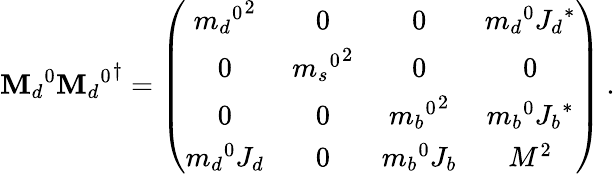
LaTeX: {\mathbf{M}_{d}}^{0}{{\mathbf{M}_{d}}^{0}}^{\dagger}=\left(\begin{array}{cccc}{{{{m_{d}}^{0}}^{2}}}&{{0}}&{{0}}&{{{m_{d}}^{0}{J_{d}}^{\ast}}}\\ {{0}}&{{{{m_{s}}^{0}}^{2}}}&{{0}}&{{0}}\\ {{0}}&{{0}}&{{{{m_{b}}^{0}}^{2}}}&{{{m_{b}}^{0}{J_{b}}^{\ast}}}\\ {{{m_{d}}^{0}J_{d}}}&{{0}}&{{{m_{b}}^{0}J_{b}}}&{{M^{2}}}\end{array}\right)\: .